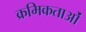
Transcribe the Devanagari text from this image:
क्रमिकताओं